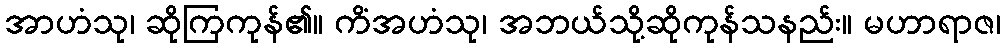
အာဟံသု၊ ဆိုကြကုန်၏။ ကိံအဟံသု၊ အဘယ်သို့ဆိုကုန်သနည်း။ မဟာရာဇ၊